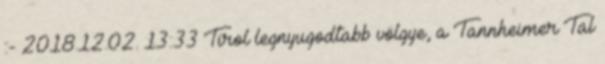
:- 2018.12.02. 13:33 Tirol legnyugodtabb völgye, a Tannheimer Tal